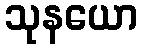
သုနယော